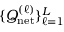
\{ Q _ { \mathrm { n e t } } ^ { ( \ell ) } \} _ { \ell = 1 } ^ { L }